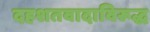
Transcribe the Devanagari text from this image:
दहशतवादाविरूद्ध